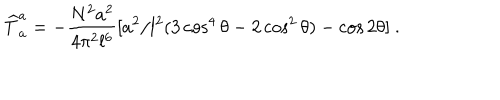
{ \widehat T } _ { a } ^ { a } = - { \frac { N ^ { 2 } a ^ { 2 } } { 4 \pi ^ { 2 } l ^ { 6 } } } [ a ^ { 2 } / l ^ { 2 } ( 3 \cos ^ { 4 } { \theta } - 2 \cos ^ { 2 } { \theta } ) - \cos { 2 \theta } ] \ .